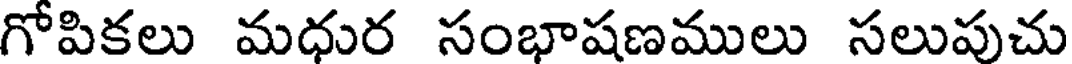
గోపికలు మధుర సంభాషణములు సలుపుచు